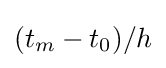
(t_{m}-t_{0})/h